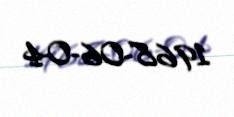
1968-06-04